Riigikohus_(kohtuotsuste_protokollid), lk 8
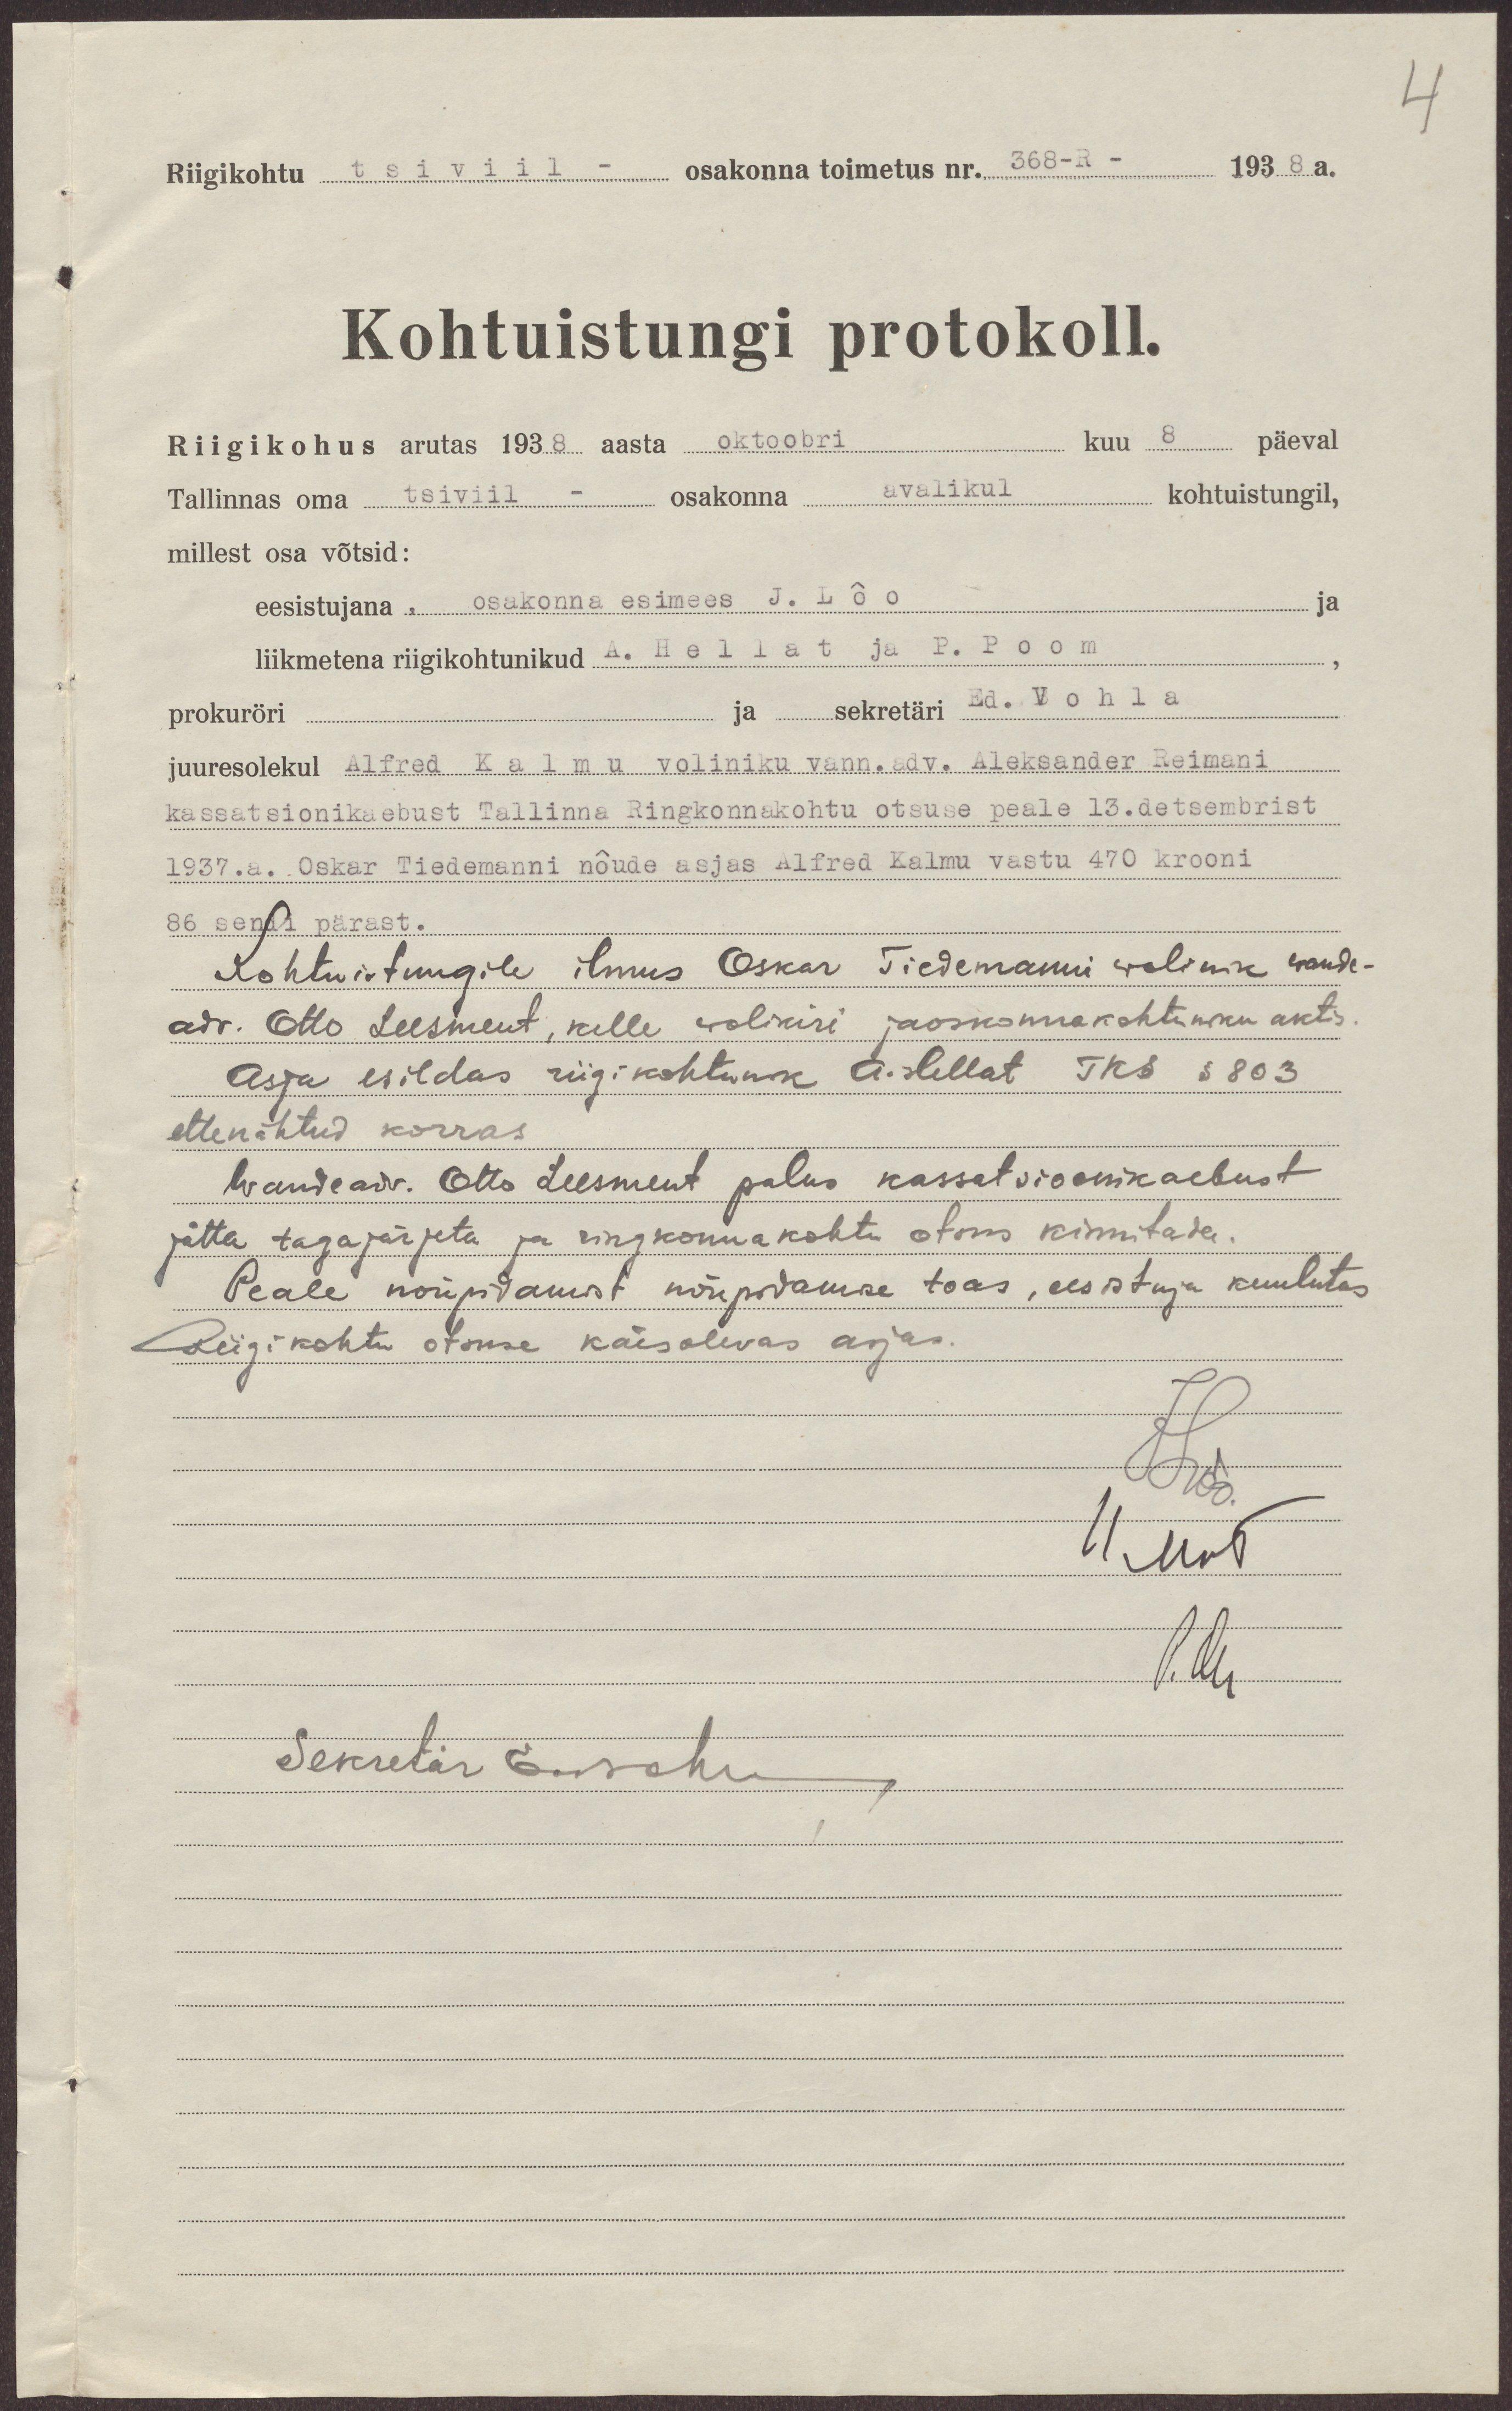
Riigikohtu tsiviil - osakonna toimetus nr. 368-R - 1938 a.
Kohtuistungi protokoll.
Riigikohus arutas 1938. aasta oktoobri kuu 8 päeval
Tallinnas oma tsiviil - osakonna avalikul kohtustungil,
millest osa võtsid:
eesistujana, osakonna esimees J. Lõo
ja
ja sekretäri Ed. Vohla
prokuröri
juuresolekul Alfred Kalmu voliniku vann. adv. Aleksander Reimani
kassatsionikaebust Tallinna ringkonnakohtu otsuse peale 13. detsembrist
1937.a. Oskar Tiedemanni nõude asjas Alfred Kalmu vastu 470 krooni
86 sendi pärast.
Kohtuistungile ilmus Oskar Tiedemanni wolinik wande-
adv. Otto Leesment, kelle wolikiri jaoskonna kohtuniku aktis
Asja esildas riigikohtunik A. Hellat TKS § 803
ettenähtud korras
Wandeadv. Otto Leesment palus kassatsioonikaebust
jätta tagajärjeta ja ringkonnakohtu otsus kinnitada
Peale nõupidamist nõupidamise toas, eesistuja kuulutas
Riigikohtu otsuse käesolevas asjas.